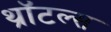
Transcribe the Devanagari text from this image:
थ्रॉटल्स